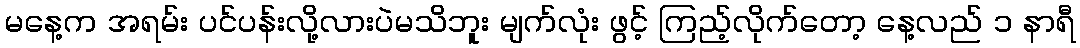
မနေ့က အရမ်း ပင်ပန်းလို့လားပဲမသိဘူး မျက်လုံး ဖွင့် ကြည့်လိုက်တော့ နေ့လည် ၁ နာရီ